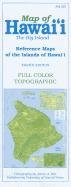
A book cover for Map of Hawaii: The Big Island; James A. Bier; Reference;